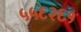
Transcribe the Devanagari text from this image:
५५६२६१